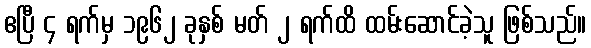
ဧပြီ ၄ ရက်မှ ၁၉၆၂ ခုနှစ် မတ် ၂ ရက်ထိ ထမ်းဆောင်ခဲ့သူ ဖြစ်သည်။